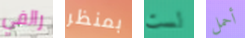
رالفي بمنظر لست أحمل